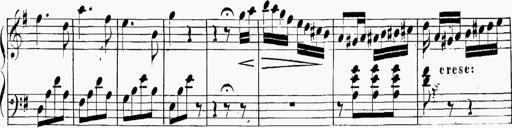
Title: 6 Sonatinas
Composer: Carl Reinecke